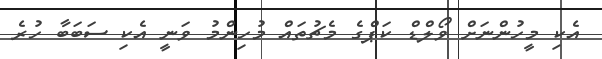
އެކި މީހުންނަށް ވޯލްޑް ކަޕްގެ މެޗުތައް މުހިންމު ވަނީ އެކި ސަބަބާ ހުރެ